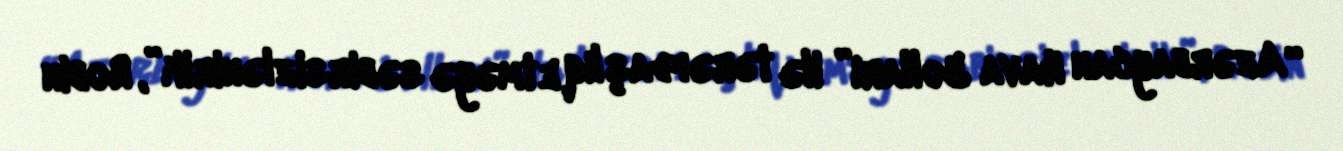
“Azərbaycan Hava Yolları” ilə tərəfdaşlıq etməyə səbirsizlənirik”, Robin